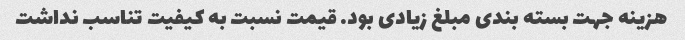
هزینه جهت بسته بندی مبلغ زیادی بود. قیمت نسبت به کیفیت تناسب نداشت